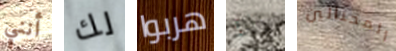
أنني لك هربوا ذلك المحتالين